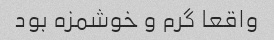
واقعا گرم و خوشمزه بود